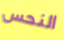
النحس